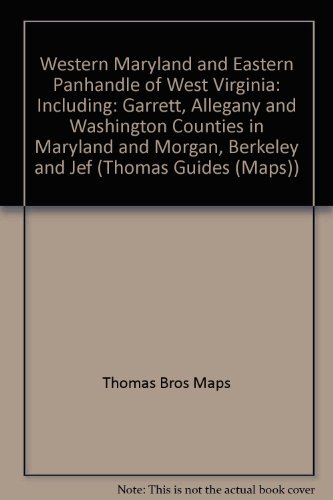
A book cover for Western Maryland and Eastern Panhandle of West Virginia: Including: Garrett, Allegany and Washington Counties in Maryland and Morgan, Berkeley and Jef (Thomas Guides (Maps)); Thomas Bros Maps; Travel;